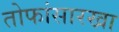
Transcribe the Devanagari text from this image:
तोफांसारखा